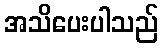
အသိပေးပါသည်